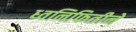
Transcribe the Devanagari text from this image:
ध्वनिफितीने